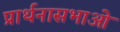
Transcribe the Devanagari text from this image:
प्रार्थनासभाओं